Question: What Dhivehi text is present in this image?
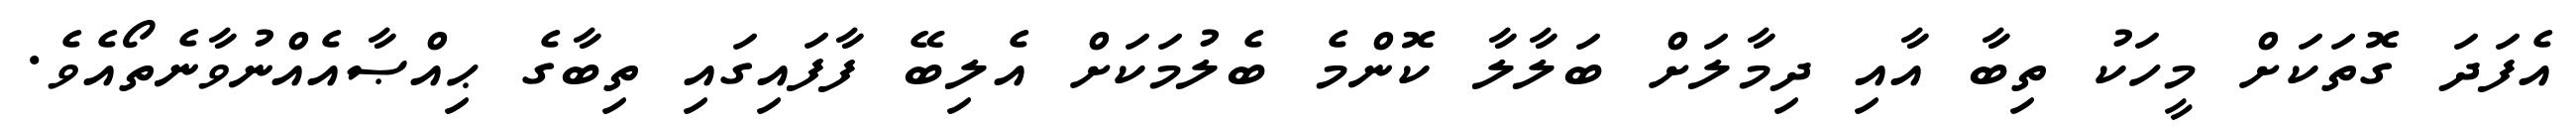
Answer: އެފަދަ ގޮތަކަށް މީހަކު ތިބާ އާއި ދިމާލަށް ބަލާލާ ކޮންމެ ބެލުމަކަށް އެލިބޭ ފާފައިގައި ތިބާގެ ޙިއްޞާއެއްނުވާނެތޯއެވެ.